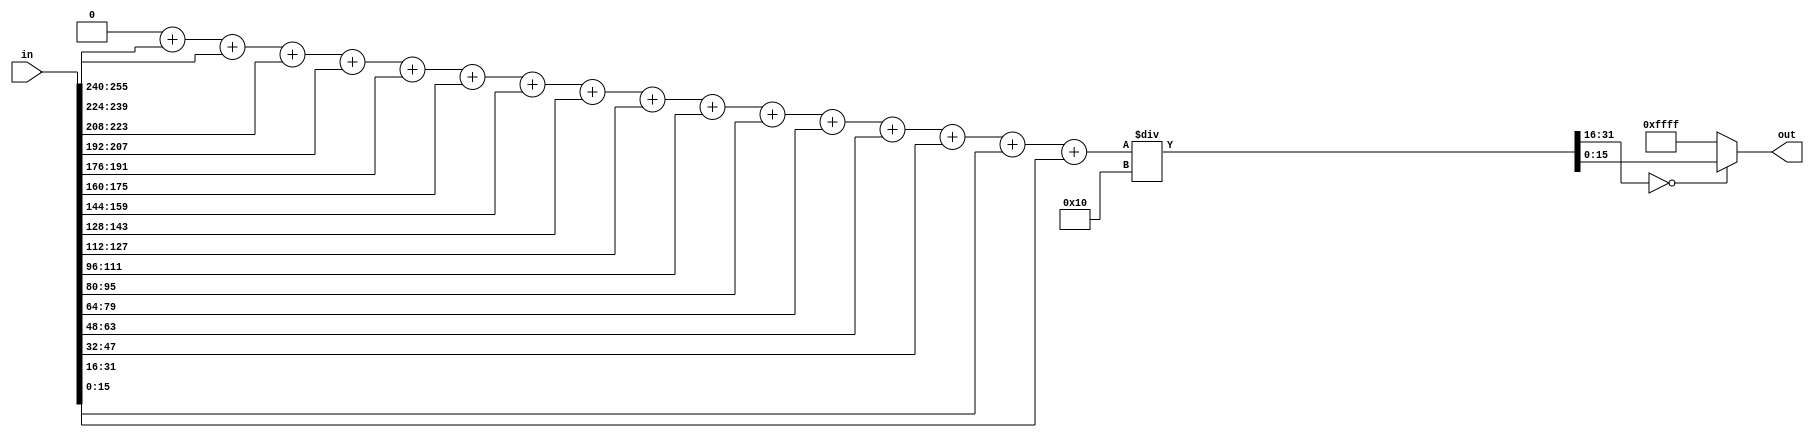
// generated by sv2v
module unit_average (
	in,
	out
);
	parameter N = 16;
	input wire [(N * 16) - 1:0] in;
	output wire [15:0] out;
	reg [31:0] sum;
	function [31:0] frac_unsigned_div_int;
		input reg [31:0] x;
		input reg signed [31:0] y;
		frac_unsigned_div_int = $unsigned(x) / y;
	endfunction
	function [15:0] unsigned_frac_to_unit_overflow_as_max;
		input reg [31:0] x;
		unsigned_frac_to_unit_overflow_as_max = (x[31:16] == 0 ? x[15:0] : 16'hffff);
	endfunction
	assign out = unsigned_frac_to_unit_overflow_as_max(frac_unsigned_div_int(sum, N));
	function [31:0] frac_add;
		input reg [31:0] x;
		input reg [31:0] y;
		frac_add = x + y;
	endfunction
	function [31:0] unit_to_frac;
		input reg [15:0] x;
		unit_to_frac = {16'b0000000000000000, x};
	endfunction
	always @(*) begin
		sum = 32'b00000000000000000000000000000000;
		begin : sv2v_autoblock_1
			integer i;
			for (i = N - 1; i >= 0; i = i - 1)
				sum = frac_add(sum, unit_to_frac(in[i * 16+:16]));
		end
	end
endmodule